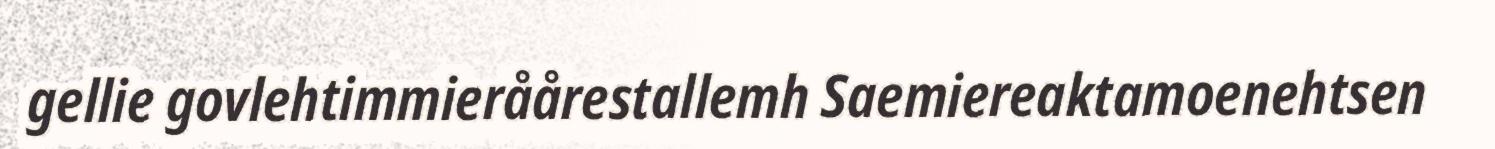
gellie govlehtimmieråårestallemh Saemiereaktamoenehtsen